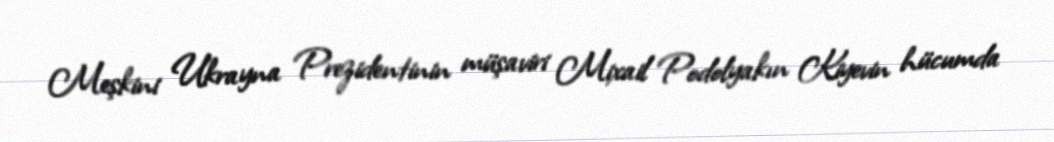
Meşkini Ukrayna Prezidentinin müşaviri Mixail Podolyakın Kiyevin hücumda